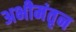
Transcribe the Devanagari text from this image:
अभीमंतृन